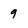
Character: 9